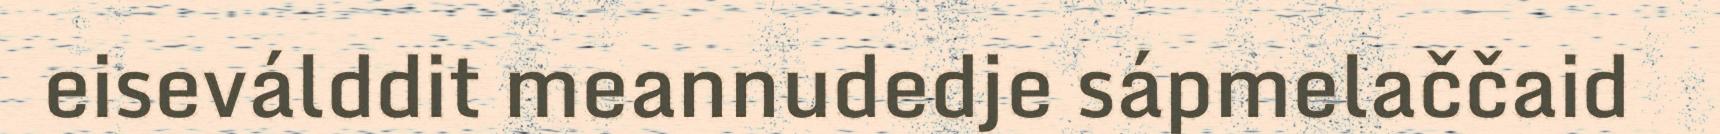
eiseválddit meannudedje sápmelaččaid